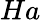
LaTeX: Ha